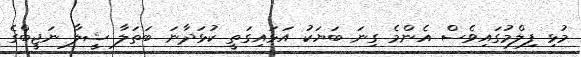
މުޅި ފިލްމުގައިވެސް އެންމެ ގިނަ ބަޔަކު އަޅައިގަތީ ކުޅަދާނަ ބަތަލާ ޝީލާ ނަޖީބްގެ